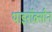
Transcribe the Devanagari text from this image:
थाइरॉक्सीन